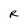
Character: R